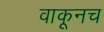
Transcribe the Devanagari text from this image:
वाकूनच